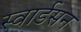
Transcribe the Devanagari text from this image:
स्वार्डसन